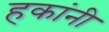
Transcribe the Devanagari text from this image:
हकांनी